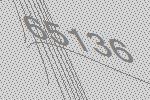
65136